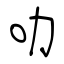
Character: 叻